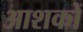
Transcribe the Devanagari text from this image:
आशकों